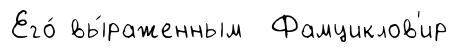
Его́ вы́раженным Фамциклов'ир